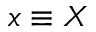
x \equiv X